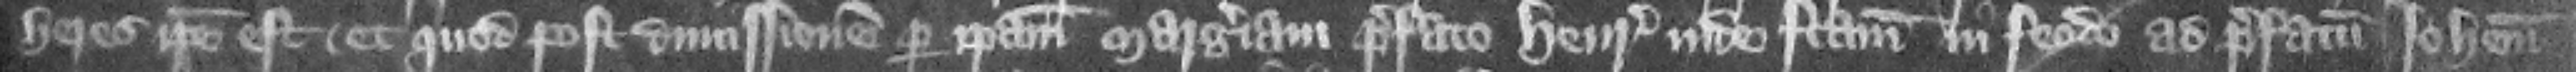
heres ipse est et quod post dimissionem per ipsam Margeriam prefato Henrico inde factam in feodo ad prefatum Iohannem